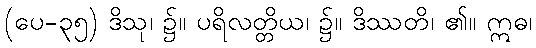
(ပေ-၃၅) ဒိသု၊ ၌။ ပရိလတ္တိယ၊ ၌။ ဒိဿတိ၊ ၏။ ဣဓ၊